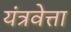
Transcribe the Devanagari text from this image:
यंत्रवेत्ता